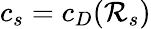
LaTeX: c_{s}=c_{D}({\cal R}_{s})